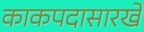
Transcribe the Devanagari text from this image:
काकपदासारखे